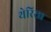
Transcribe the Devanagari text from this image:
थेरिसा